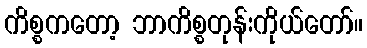
ကိစ္စကတော့ ဘာကိစ္စတုန်းကိုယ်တော်။